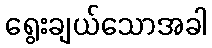
ရွေးချယ်သောအခါ